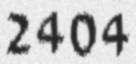
2404